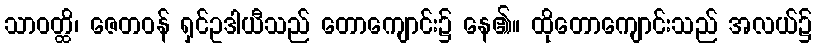
သာဝတ္ထိ၊ ဇေတဝန် ရှင်ဥဒါယီသည် တောကျောင်း၌ နေ၏။ ထိုတောကျောင်းသည် အလယ်၌